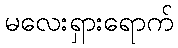
မလေးရှားရောက်